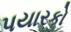
પયારકો